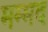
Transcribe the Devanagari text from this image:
मम्मद